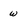
Character: w